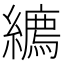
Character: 𦆉